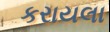
કરાયલા